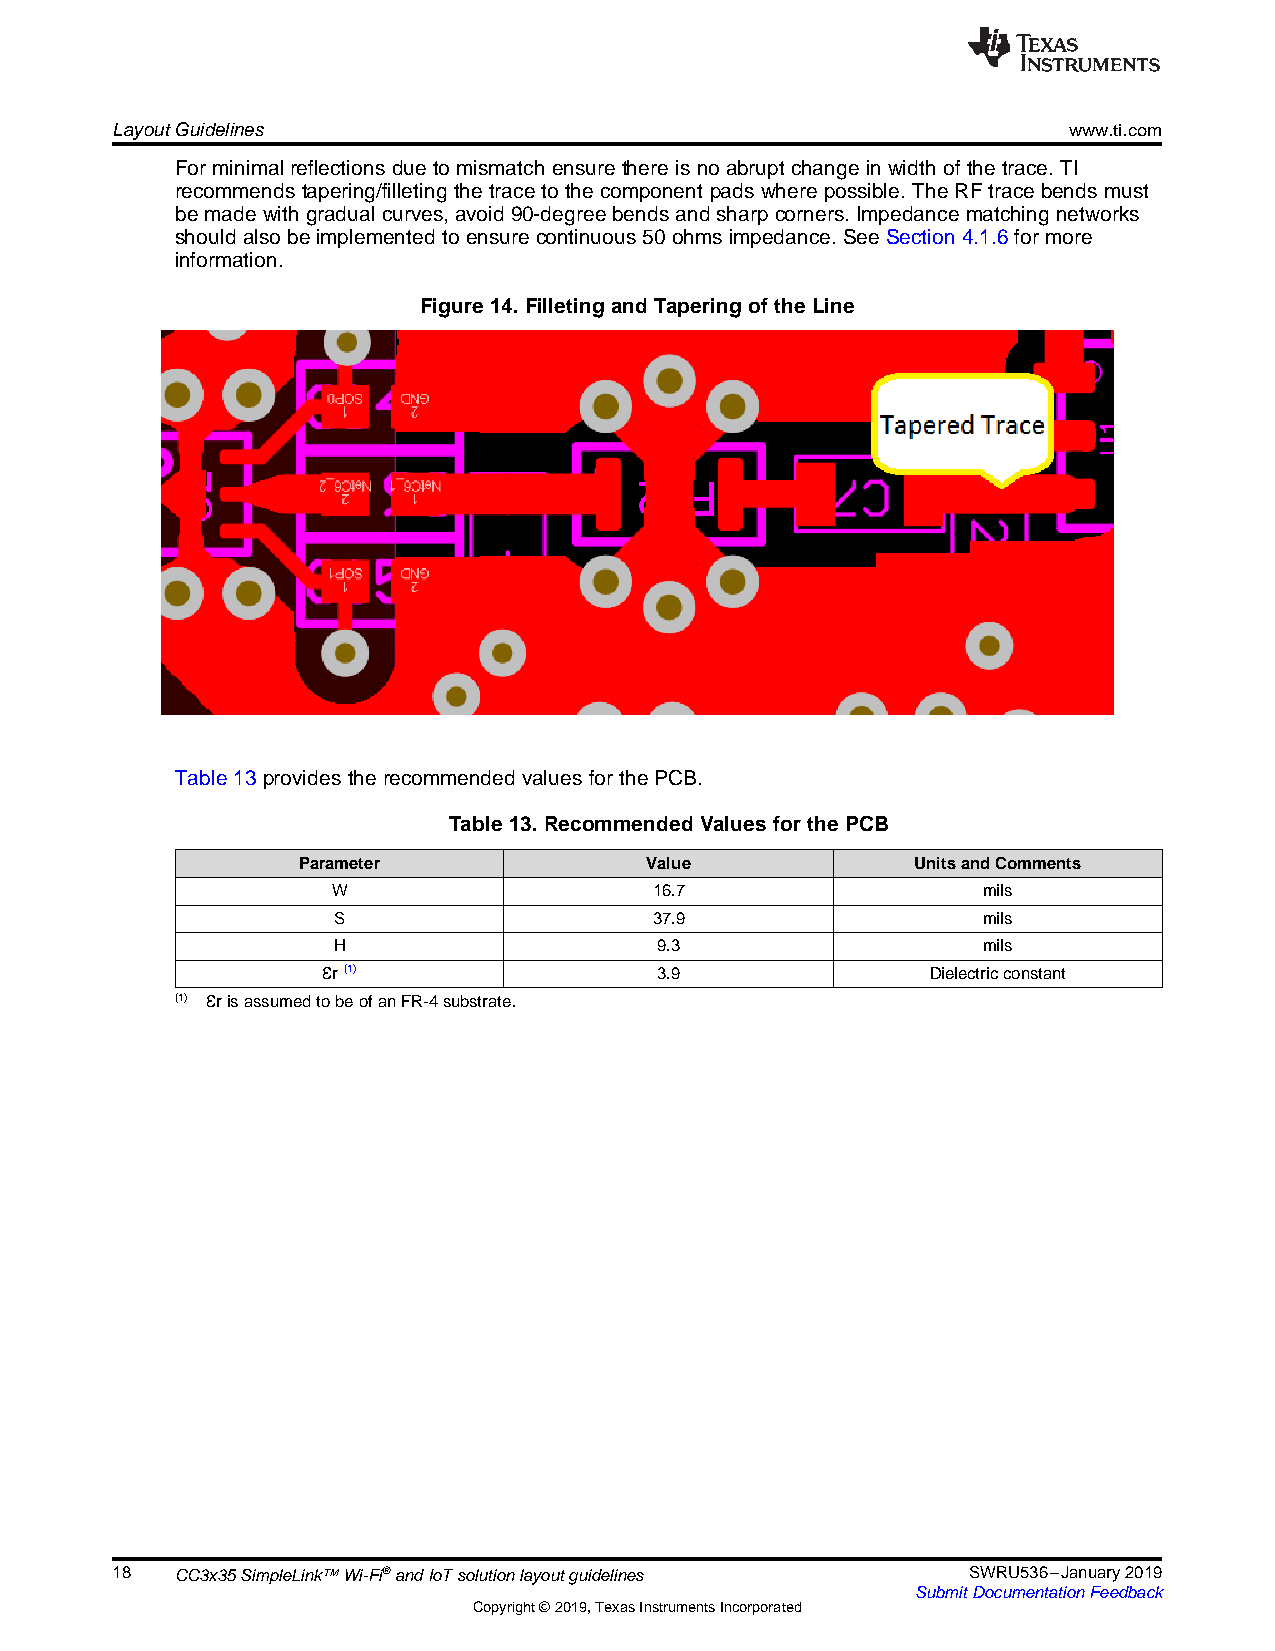
LayoutGuidelines                                                www.ti.com
 Forminimal reflectionsduetomismatchensurethereisnoabruptchangeinwidthofthetrace.TI
 recommendstapering/filletingthetrace tothecomponentpadswherepossible.TheRFtracebendsmust
 bemadewithgradualcurves,avoid90-degreebendsandsharpcorners.Impedancematchingnetworks
 shouldalsobeimplementedtoensurecontinuous50ohmsimpedance.SeeSection4.1.6for more
 information.
 Figure14.FilletingandTaperingoftheLine
 Table13providestherecommendedvaluesfor thePCB.
 Table13.RecommendedValuesforthePCB
 Parameter              Value             UnitsandComments
 W                    16.7                  mils
 S                    37.9                  mils
 H                     9.3                  mils
 Ɛr(1)                  3.9               Dielectricconstant
 (1) ƐrisassumedtobeofanFR-4substrate.
 18   CC3x35SimpleLink™Wi-Fi®andIoTsolutionlayoutguidelines SWRU536–January2019
 SubmitDocumentationFeedback
 Copyright©2019,TexasInstrumentsIncorporated